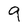
Character: 9